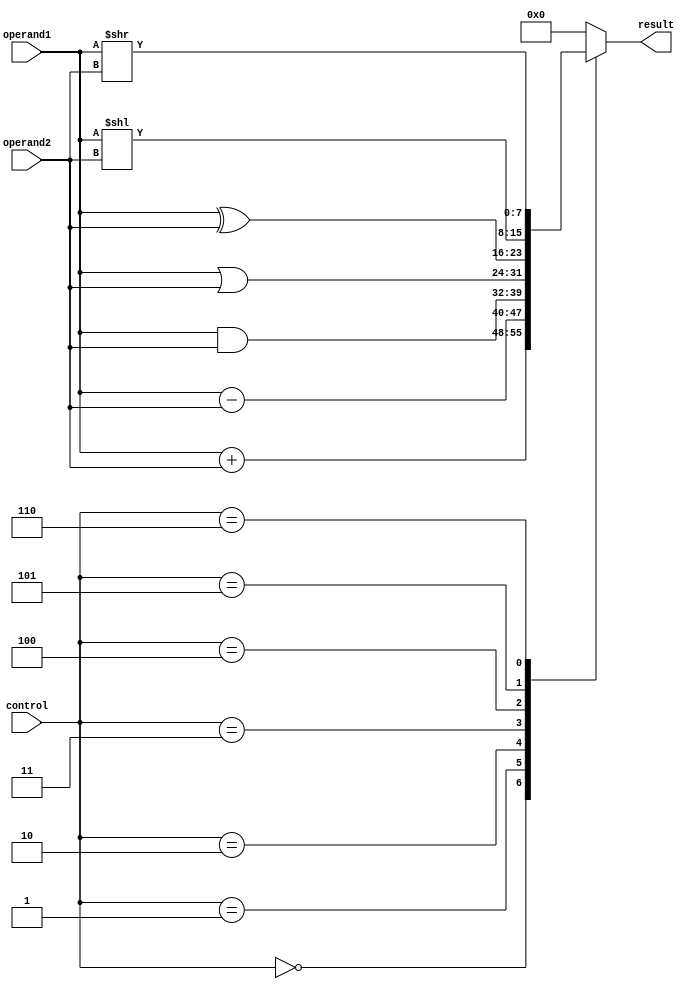
module ALU (
    input [7:0] operand1,
    input [7:0] operand2,
    input [3:0] control,
    output reg [7:0] result
);

always @(*)
begin
    case(control)
        4'b0000: result = operand1 + operand2; // Addition
        4'b0001: result = operand1 - operand2; // Subtraction
        4'b0010: result = operand1 & operand2; // Bitwise AND
        4'b0011: result = operand1 | operand2; // Bitwise OR
        4'b0100: result = operand1 ^ operand2; // Bitwise XOR
        4'b0101: result = operand1 << operand2; // Shift left
        4'b0110: result = operand1 >> operand2; // Shift right
        default: result = 8'b0;
    endcase
end

endmodule